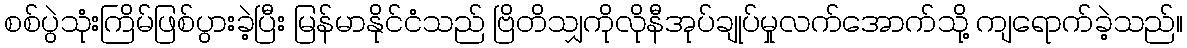
စစ်ပွဲသုံးကြိမ်ဖြစ်ပွားခဲ့ပြီး မြန်မာနိုင်ငံသည် ဗြိတိသျှကိုလိုနီအုပ်ချုပ်မှုလက်အောက်သို့ ကျရောက်ခဲ့သည်။